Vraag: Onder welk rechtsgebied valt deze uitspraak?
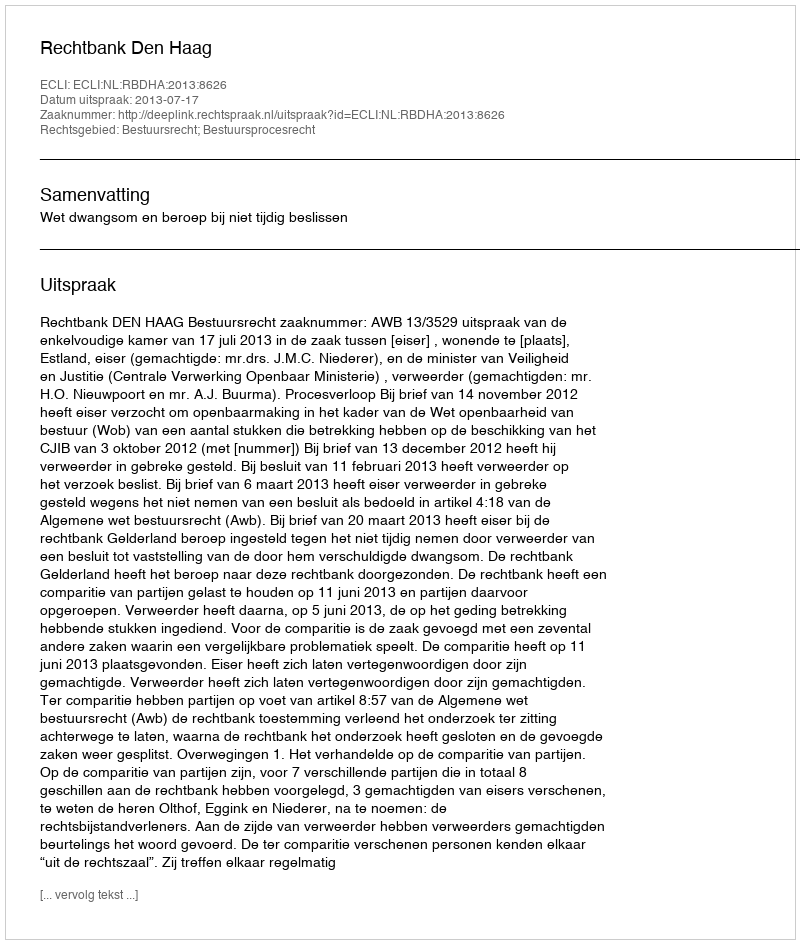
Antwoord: Bestuursrecht; Bestuursprocesrecht